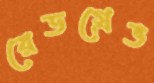
রেডগ্রেভ